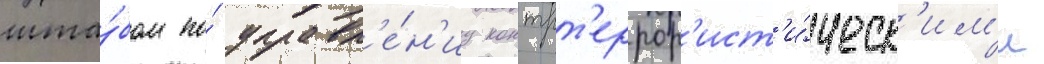
шта́бом по́ управл'е́н'иу контрт'еррор'ист'и́ческ'им'и